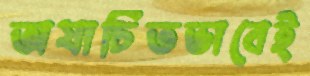
অযাচিতভাবেই